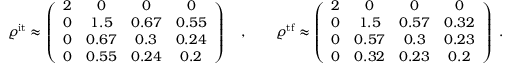
\begin{array} { r } { \varrho ^ { \mathrm { i t } } \approx \left( \begin{array} { c c c c } { 2 } & { 0 } & { 0 } & { 0 } \\ { 0 } & { 1 . 5 } & { 0 . 6 7 } & { 0 . 5 5 } \\ { 0 } & { 0 . 6 7 } & { 0 . 3 } & { 0 . 2 4 } \\ { 0 } & { 0 . 5 5 } & { 0 . 2 4 } & { 0 . 2 } \end{array} \right) \quad , \qquad \varrho ^ { \mathrm { t f } } \approx \left( \begin{array} { c c c c } { 2 } & { 0 } & { 0 } & { 0 } \\ { 0 } & { 1 . 5 } & { 0 . 5 7 } & { 0 . 3 2 } \\ { 0 } & { 0 . 5 7 } & { 0 . 3 } & { 0 . 2 3 } \\ { 0 } & { 0 . 3 2 } & { 0 . 2 3 } & { 0 . 2 } \end{array} \right) \ . } \end{array}